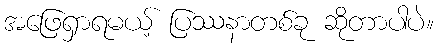
အဖြေရှာရမယ့် ပြဿနာတစ်ခု ဆိုတာပါပဲ။